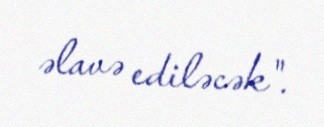
əlavə ediləcək".